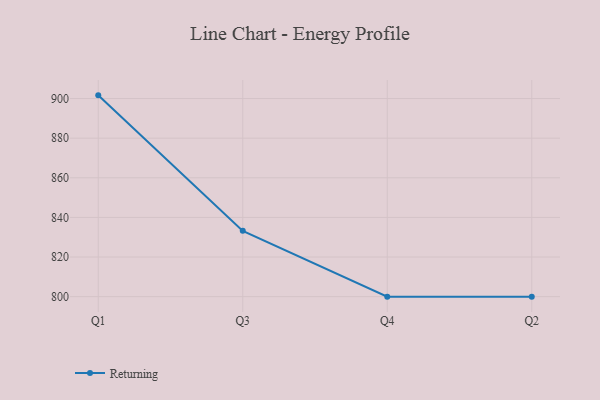
{"axis": {"x": "Quarter", "y": "Humidity (%)"}, "legend": ["Returning"], "data": [{"x": "Q1", "y": 901.6, "type": "Returning"}, {"x": "Q3", "y": 833.2, "type": "Returning"}, {"x": "Q4", "y": 800, "type": "Returning"}, {"x": "Q2", "y": 800, "type": "Returning"}]}